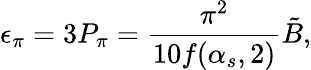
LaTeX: \epsilon_{\pi}=3P_{\pi}={\frac{\pi^{2}}{10f(\alpha_{s},2)}}\tilde{B},